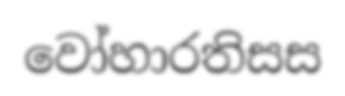
වෝහාරතිසස